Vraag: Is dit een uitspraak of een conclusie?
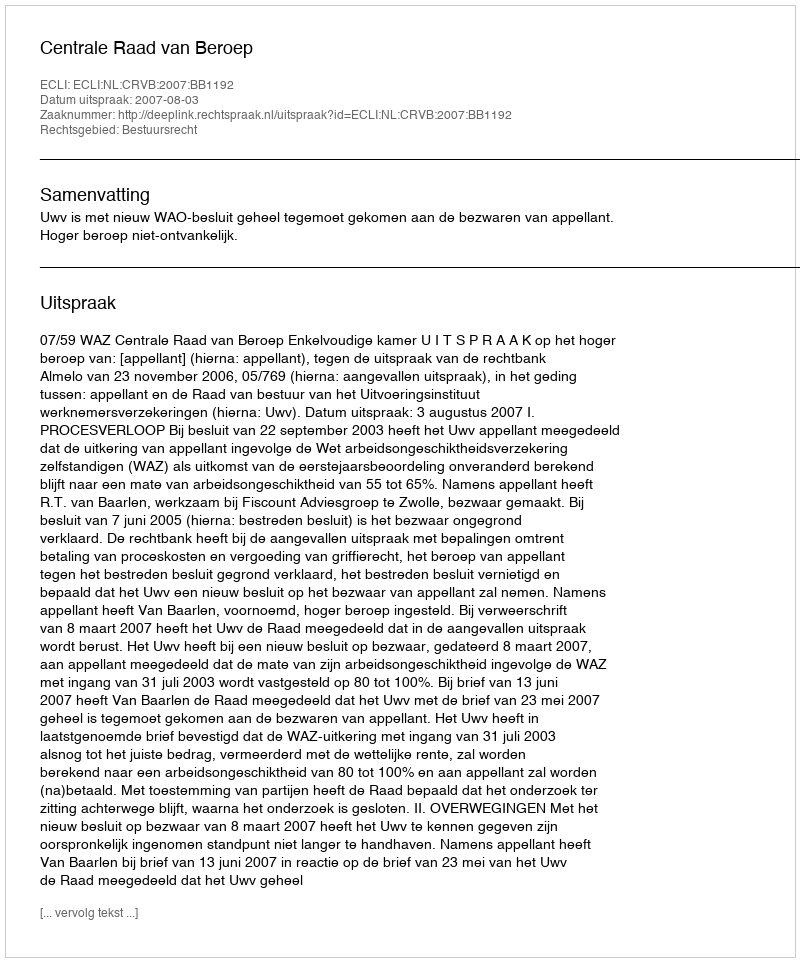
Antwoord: Uitspraak